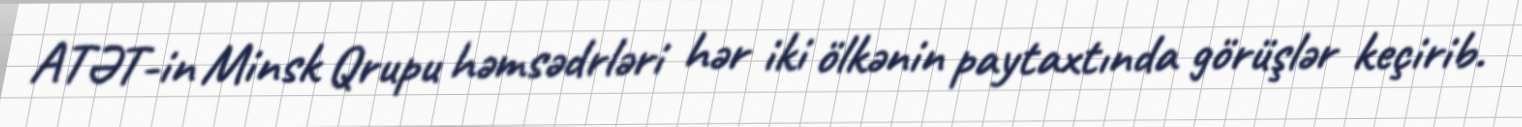
ATƏT-in Minsk Qrupu həmsədrləri hər iki ölkənin paytaxtında görüşlər keçirib.